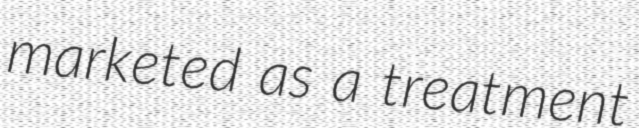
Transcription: marketed as a treatment